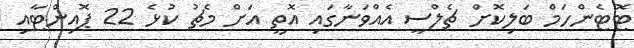
ޓޮޓެންހަމް ބަލިކޮށް ޗެލްސީ އެއްވަނާގައި އޮތީ އަށް މެޗު ކުޅެ 22 ޕޮއިންޓާއި